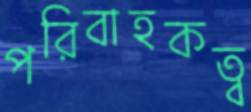
পরিবাহকত্ব